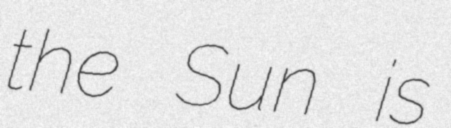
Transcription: the Sun is